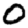
Digit: 0